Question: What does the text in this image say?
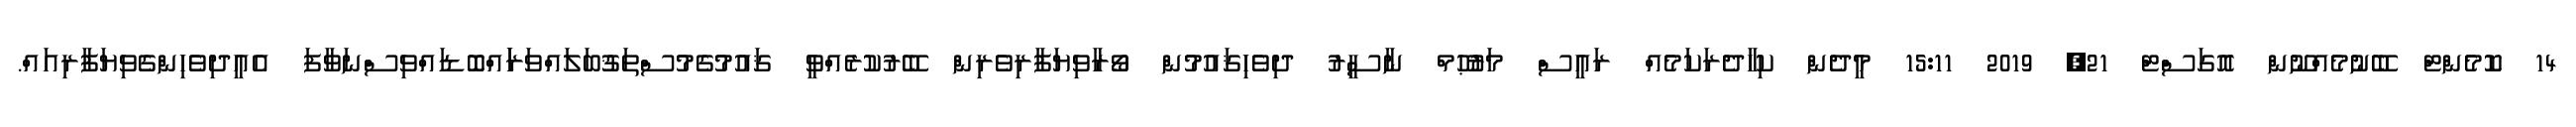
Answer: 14 ކޮމެންޓް ބޭނުމެއްނޫން އޮގަސްޓް 21, 2019 15:11 މީދެން ކިހާދެރަކަމެއް ރައީސް މަރުޙޫމް ނާސީރު ދިވެހިޤައުމުން ވޯރާވިޔަފާރިވެރިން ބޭރުކުރެއްވީ ޤައުމުގެމުސްތަޤުބަލައްވަރަައްބޮޑައްވިސްނަވާފަ އެއީދިވެހިންގެވިޔަފާރިއައް.